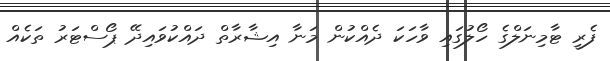
ފެރީ ޓާމިނަލްގެ ހޯލުގައި ވާހަކަ ދެއްކުން މަނާ އިޝާރާތް ދައްކުވައިދޭ ޕޯސްޓަރު ތަކެއް